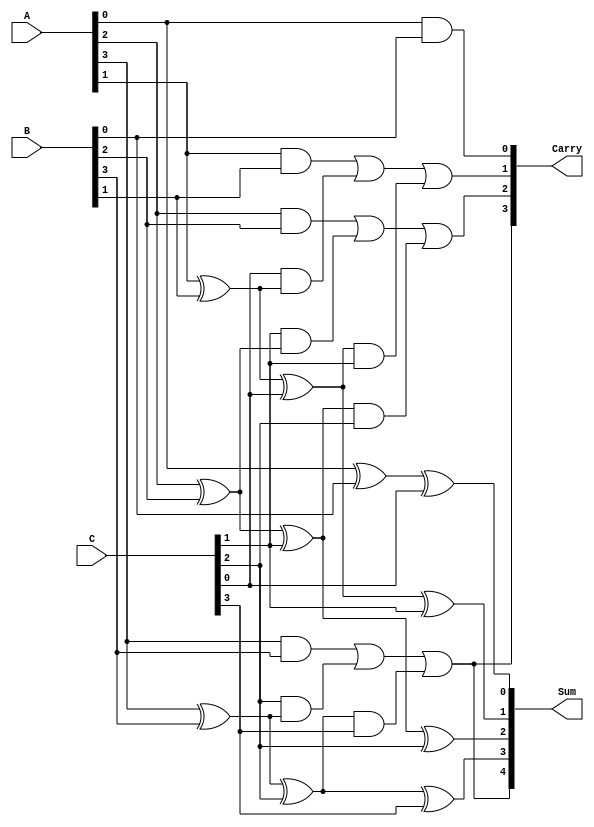
module ArrayCarrySaveAdder (
    input [3:0] A,  // First operand
    input [3:0] B,  // Second operand
    input [3:0] C,  // Third operand
    output [4:0] Sum, // Resultant sum (5 bits to account for carry)
    output [4:0] Carry // Carry output
);

    wire [3:0] S0, S1, S2, C0, C1, C2;

    // Half Adders for the least significant bit (LSB)
    assign S0[0] = A[0] ^ B[0]; // Sum of A0 and B0
    assign C0[0] = A[0] & B[0]; // Carry from A0 and B0

    // Full Adders for the remaining bits
    generate
        genvar i;
        for (i = 1; i < 4; i = i + 1) begin : FA
            assign S0[i] = A[i] ^ B[i] ^ C[i-1]; // Sum
            assign C0[i] = (A[i] & B[i]) | (C[i-1] & (A[i] ^ B[i])); // Carry
        end
    endgenerate

    // Sum and Carry outputs
    assign Sum[0] = S0[0] ^ C[0]; // Final sum for LSB
    assign Carry[0] = C0[0]; // Carry for LSB

    generate
        for (i = 1; i < 4; i = i + 1) begin : CSA
            assign Sum[i] = S0[i] ^ C[i]; // Calculate the final sum
            assign Carry[i] = C0[i] | (S0[i] & C[i]); // Calculate the final carry
        end
    endgenerate

    // Final carry output
    assign Sum[4] = Carry[3]; // Final carry out

endmodule